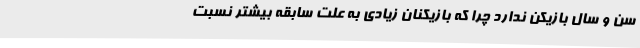
سن و سال بازیکن ندارد چرا که بازیکنان زیادی به علت سابقه بیشتر نسبت